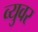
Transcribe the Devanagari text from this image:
व्युवर